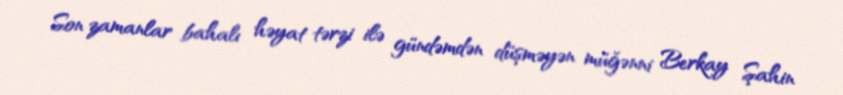
Son zamanlar bahalı həyat tərzi ilə gündəmdən düşməyən müğənni Berkay Şahin